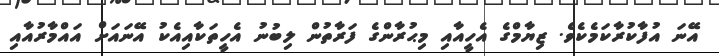
އޭނަ އުފާކުރާކަމެކެވެ. ޒިޔާމްގެ އެހީއާއި މިޙުރާންގެ ފަރާތުން ލިބުނު އެހީތަކާއިއެކު އޭނައަށް އައްމާރުއާއި